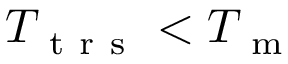
T _ { \mathrm { ~ t ~ r ~ s ~ } } < T _ { \mathrm { ~ m ~ } }